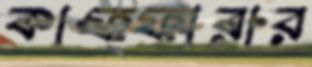
কাফ্ফারার